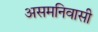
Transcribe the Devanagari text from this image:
असमनिवासी